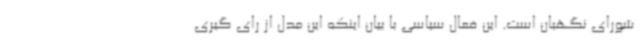
شورای نگهبان است‌. این فعال سیاسی با بیان اینکه این مدل از رای گیری